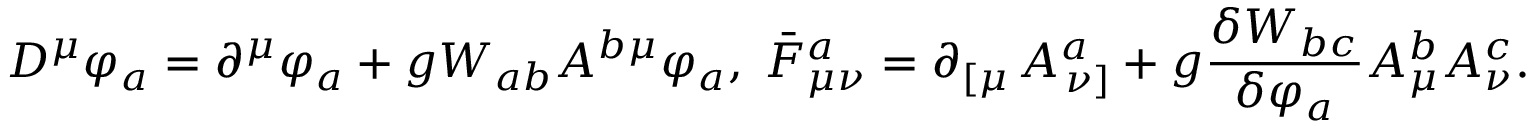
D ^ { \mu } \varphi _ { a } = \partial ^ { \mu } \varphi _ { a } + g W _ { a b } A ^ { b \mu } \varphi _ { a } , \; \bar { F } _ { \mu \nu } ^ { a } = \partial _ { \left[ \mu \right. } A _ { \left. \nu \right] } ^ { a } + g \frac { \delta W _ { b c } } { \delta \varphi _ { a } } A _ { \mu } ^ { b } A _ { \nu } ^ { c } .